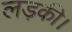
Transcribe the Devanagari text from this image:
लड़की।